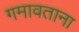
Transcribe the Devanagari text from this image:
गमावताना